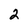
Character: 2